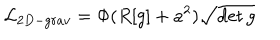
{ \cal L } _ { 2 D - g r a v } = \Phi ( R [ g ] + a ^ { 2 } ) \sqrt { \det g }